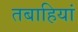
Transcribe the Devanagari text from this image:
तबाहियां